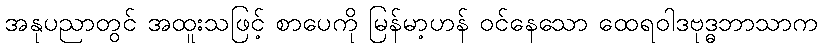
အနုပညာတွင် အထူးသဖြင့် စာပေကို မြန်မာ့ဟန် ဝင်နေသော ထေရဝါဒဗုဒ္ဓဘာသာက